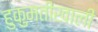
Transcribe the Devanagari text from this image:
हुकुमतीखाली